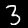
Digit: 3